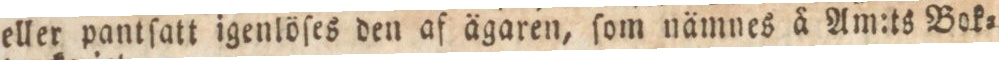
eller pantſatt igenlöſes den af ägaren, ſom nämnes ä Am:ts Bok=